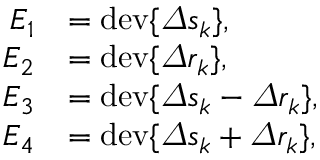
\begin{array} { r l } { E _ { 1 } } & { = \mathrm { d e v } \{ \varDelta s _ { k } \} , } \\ { E _ { 2 } } & { = \mathrm { d e v } \{ \varDelta r _ { k } \} , } \\ { E _ { 3 } } & { = \mathrm { d e v } \{ \varDelta s _ { k } - \varDelta r _ { k } \} , } \\ { E _ { 4 } } & { = \mathrm { d e v } \{ \varDelta s _ { k } + \varDelta r _ { k } \} , } \end{array}